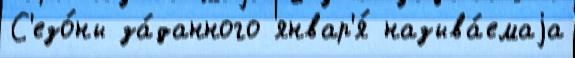
С'езо́ны за́данного январ'я́ называ́емаjа